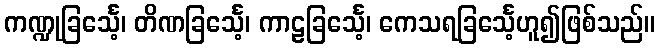
ကဏ္ဍုခြင်္သေ့၊ တိဏခြင်္သေ့၊ ကာဠခြင်္သေ့၊ ကေသရခြင်္သေ့ဟူ၍ဖြစ်သည်။